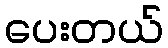
ပေးတယ်